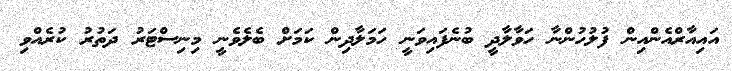
އައިއާރްއެންއިން ފުލުހުންނާ ހަވާލާދީ ބުނެފައިވަނީ ހަމަލާދިން ކަމަށް ބެލެވެނީ މިނިސްޓަރު ދަތުރު ކުރެއްވި